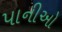
પાનીઓ